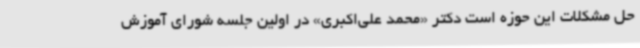
حل مشکلات این حوزه است دکتر «محمد علی‌اکبری» در اولین جلسه شورای آموزش